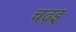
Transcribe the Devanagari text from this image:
चढ़इ